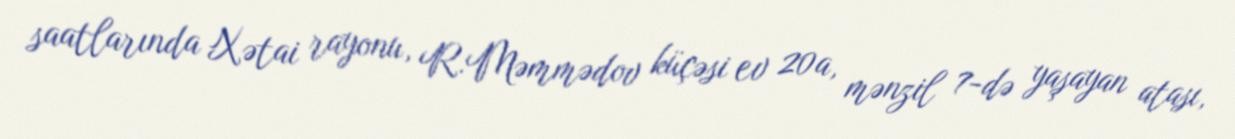
saatlarında Xətai rayonu, R.Məmmədov küçəsi ev 20a, mənzil 7-də yaşayan atası,